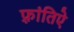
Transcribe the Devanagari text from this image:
फ़्रांतिऐ